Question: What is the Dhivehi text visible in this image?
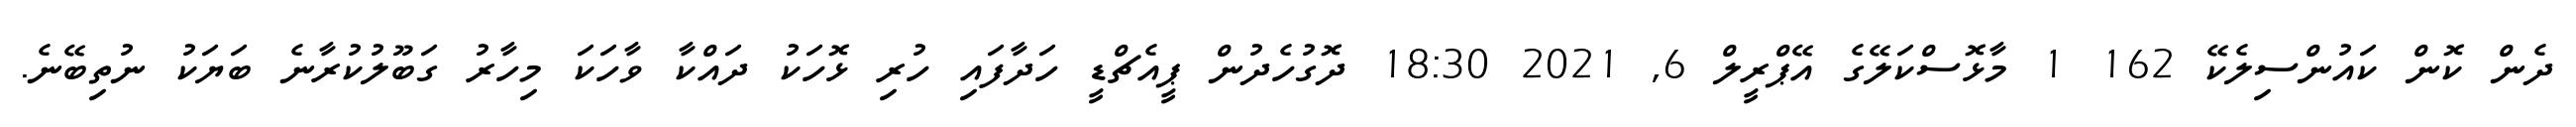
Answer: ދެން ކޮން ކައުންސިލެކޭ 162 1 މާޅޮސްކަލޭގެ އޭޕްރީލް 6, 2021 18:30 ދޮގުހެދުން ޕީއެޗްޑީ ހަދާފައި ހުރި ޅޮހަކު ދައްކާ ވާހަކަ މިހާރު ގަބޫލުކުރާނެ ބަޔަކު ނުތިބޭނެ.